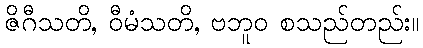
ဇိဂီသတိ, ဝီမံသတိ, ဗဘူဝ စသည်တည်း။